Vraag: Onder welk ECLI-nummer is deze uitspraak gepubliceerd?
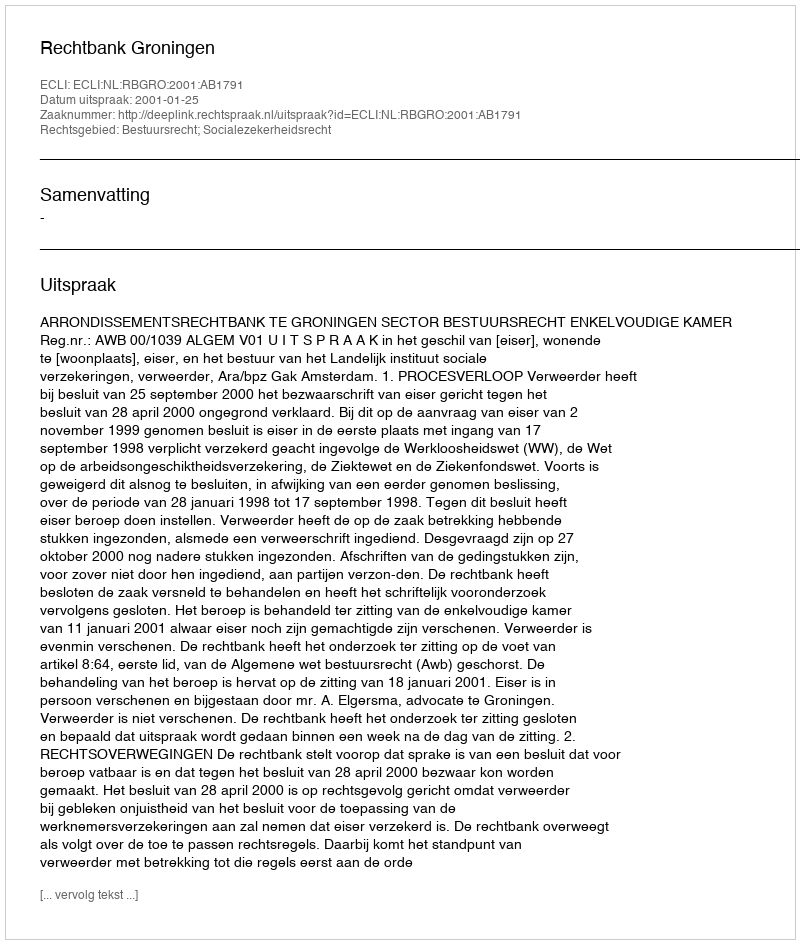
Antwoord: ECLI:NL:RBGRO:2001:AB1791